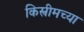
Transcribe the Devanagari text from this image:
किस्त्रीमच्या